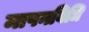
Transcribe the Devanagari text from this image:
मापनविधि